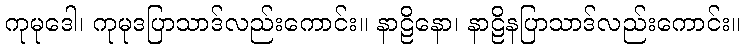
ကုမုဒေါ၊ ကုမုဒပြာသာဒ်လည်းကောင်း။ နာဠိနော၊ နာဠိနပြာသာဒ်လည်းကောင်း။